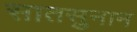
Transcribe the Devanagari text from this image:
सातसुनान